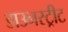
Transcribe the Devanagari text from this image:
डाउनस्ट्रीट